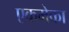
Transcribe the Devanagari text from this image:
एकमेका